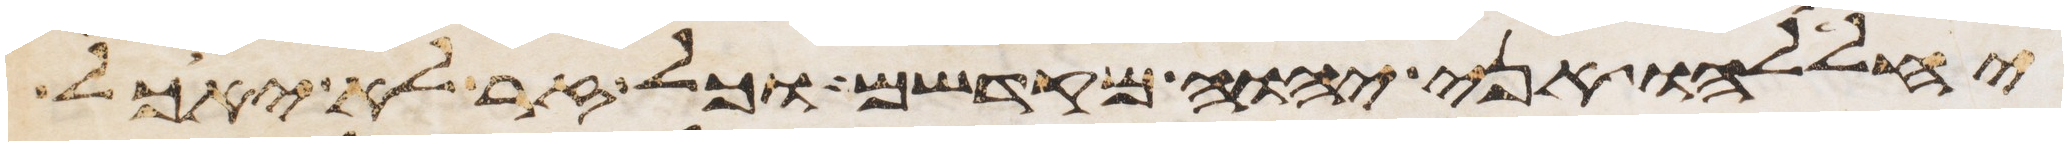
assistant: יחללהו אני יהוה מקדשם וכל זר לא יאכל